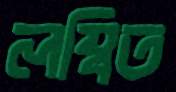
লম্বিত